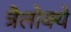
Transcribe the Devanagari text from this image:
त्रैलोक्ये